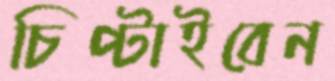
চিপ্‌টাইবেন